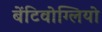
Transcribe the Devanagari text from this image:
बेंटिवोग्लियो